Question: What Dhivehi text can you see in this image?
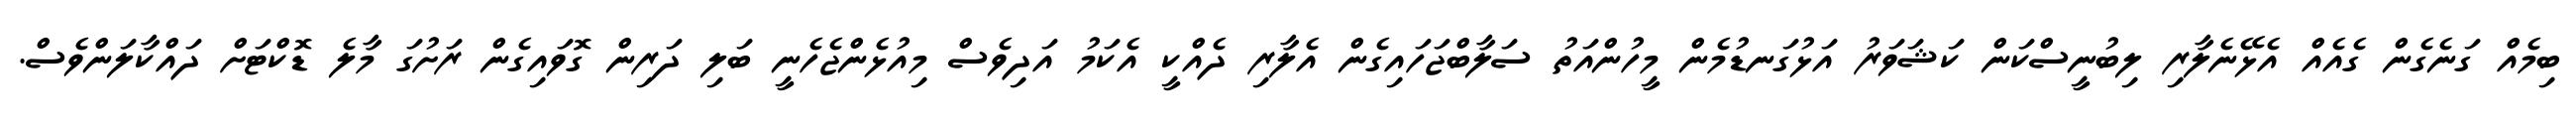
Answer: ބިމެއް ގަނެގެން ގެއެއް އެޅޭނެލާރި ލިބުނީސްކަން ކަޝަވަރު އަޅުގަނޑުމެން މީހުންއަތު ސަލާބްޖަހައިގެން އެލާރި ދެއްކީ އެކަމު އަދިވެސް މިއުޅެންޖެހެނީ ބަލި ދަރިން ގޮވައިގެން ރަށުގަ މާލެ ޑޮކްޓަށް ދައްކާލަންވެސް.